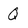
Character: Q